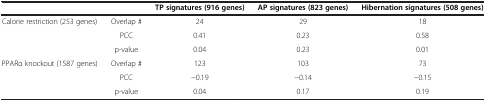
|  |  | TP signatures (916 genes) | AP signatures (823 genes) | Hibernation signatures (508 genes) |
 | --- | --- | --- | --- | --- |
 | <ROWSPAN=3> Calorie restriction (253 genes) | Overlap # | 24 | 29 | 18 |
 | PCC | 0.41 | 0.23 | 0.58 |
 | p-value | 0.04 | 0.23 | 0.01 |
 | <ROWSPAN=2> PPARα knockout (1587 genes) | Overlap # | 123 | 103 | 73 |
 | PCC | −0.19 | −0.14 | −0.15 |
 |  | p-value | 0.04 | 0.17 | 0.19 |